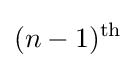
(n-1)^{\text{th}}